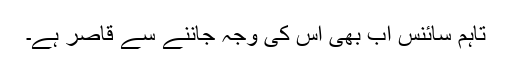
تاہم سائنس اب بھی اس کی وجہ جاننے سے قاصر ہے۔